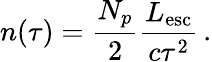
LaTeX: n(\tau)=\frac{N_{p}}{2}\frac{L_{\mathrm{esc}}}{c\tau^{2}}\, .